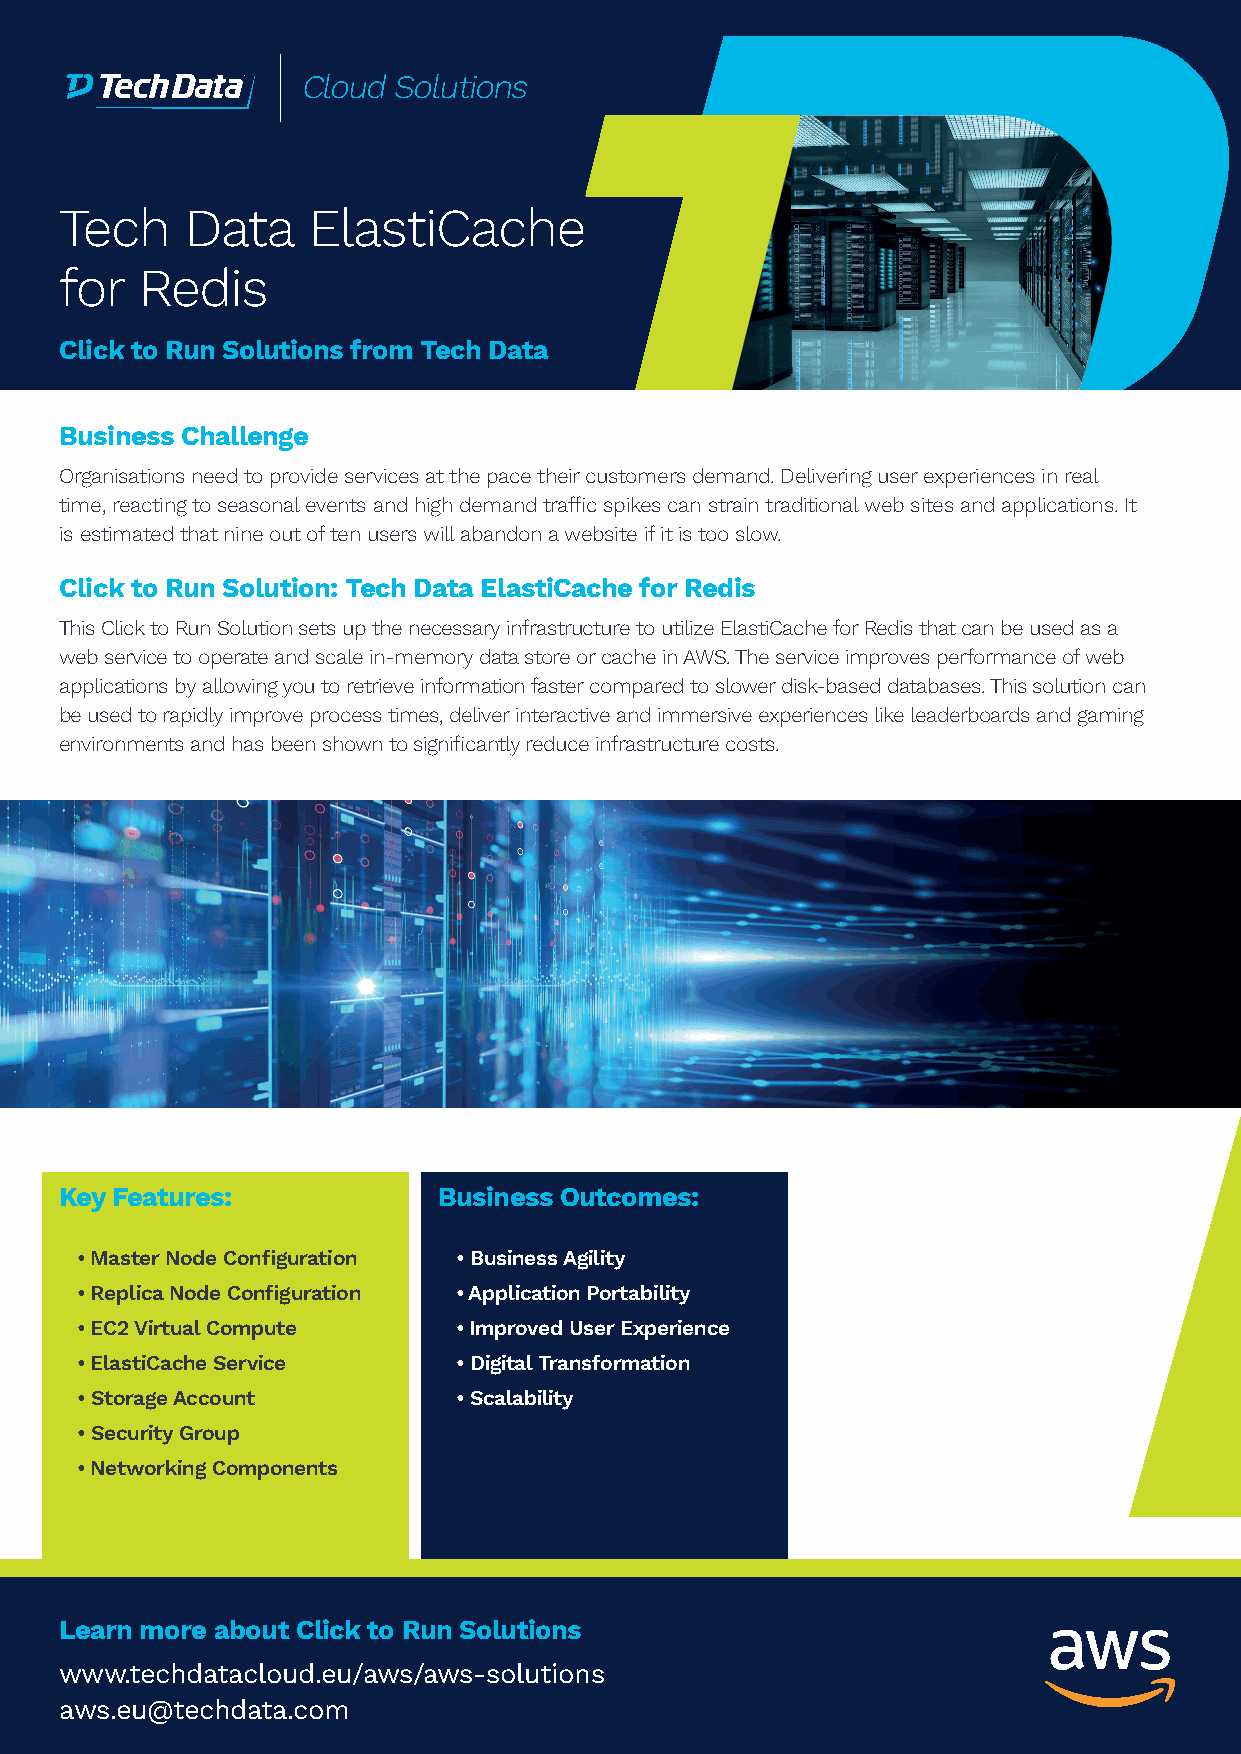
Cloud Solutions
 Tech    Data    ElastiCache
 for  Redis
 Click to Run Solutions from Tech Data
 Business Challenge
 Organisations need to provide services at the pace their customers demand. Delivering user experiences in real
 time, reacting to seasonal events and high demand traffic spikes can strain traditional web sites and applications. It
 is estimated that nine out of ten users will abandon a website if it is too slow.
 Click to Run Solution: Tech Data ElastiCache for Redis
 This Click to Run Solution sets up the necessary infrastructure to utilize ElastiCache for Redis that can be used as a
 web service to operate and scale in-memory data store or cache in AWS. The service improves performance of web
 applications by allowing you to retrieve information faster compared to slower disk-based databases. This solution can
 be used to rapidly improve process times, deliver interactive and immersive experiences like leaderboards and gaming
 environments and has been shown to significantly reduce infrastructure costs.
 Key Features:            Business Outcomes:
 • Master Node Configuration • Business Agility
 • Replica Node Configuration • Application Portability
 • EC2 Virtual Compute    • Improved User Experience
 • ElastiCache Service    • Digital Transformation
 • Storage Account        • Scalability
 • Security Group
 • Networking Components
 Learn more about Click to Run Solutions
 www.techdatacloud.eu/aws/aws-solutions
 aws.eu@techdata.com